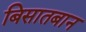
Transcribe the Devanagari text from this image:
बिसातबान